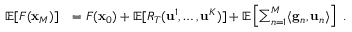
\begin{array} { r l } { \mathop { \mathbb { E } } [ F ( { \mathbf x } _ { M } ) ] } & { = F ( { \mathbf x } _ { 0 } ) + \mathop { \mathbb { E } } [ R _ { T } ( \mathbf { u } ^ { 1 } , \dots , \mathbf { u } ^ { K } ) ] + \mathop { \mathbb { E } } \left[ \sum _ { n = 1 } ^ { M } \langle \mathbf { g } _ { n } , \mathbf { u } _ { n } \rangle \right] ~ . } \end{array}